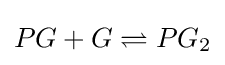
PG+G\rightleftharpoons PG_{2}